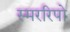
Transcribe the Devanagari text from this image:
स्मररिपो